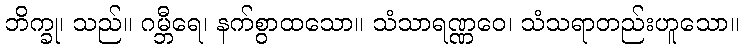
ဘိက္ခု၊ သည်။ ဂမ္ဘီရေ၊ နက်စွာထသော။ သံသာရဏ္ဏဝေ၊ သံသရာတည်းဟူသော။